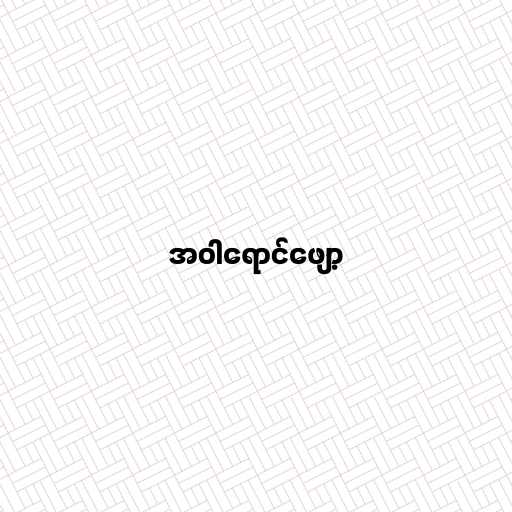
အဝါရောင်ဖျော့